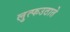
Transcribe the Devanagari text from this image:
लुत्फउठाते